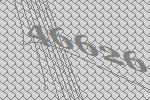
46626